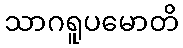
သာဂရူပမောတိ